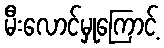
မီးလောင်မှုကြောင့်